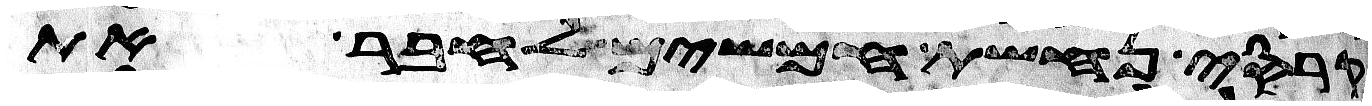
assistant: קרסי נחשת חמשים לחבר את